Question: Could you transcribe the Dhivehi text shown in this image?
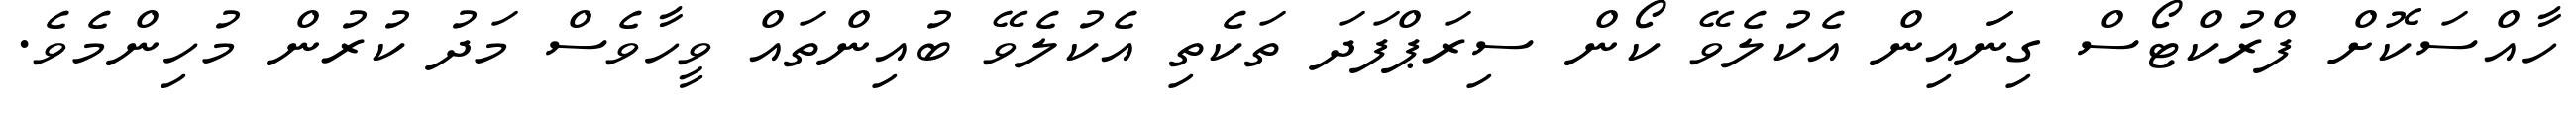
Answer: ހާއްސަކޮށް ފްރުކްޓޯސް ގިނަައިން އެކުލެވޭ ކޯން ސިރަޕްފަދަ ތަކެތި އެކުލެވޭ ބުއިންތައް ވީހާވެސް މަދު ކުރުން މުހިންމެވެ.